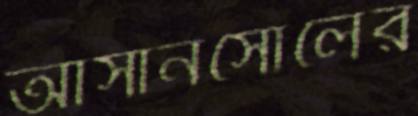
আসানসোলের